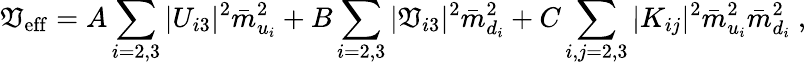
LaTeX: {\cal\mathfrak{V}}_{\mathrm{{eff}}}=A\sum_{i=2,3}|U_{i3}|^{2}\bar{{m}}_{u_{i}}^{2}+B\sum_{i=2,3}|\mathfrak{V}_{i3}|^{2}\bar{{m}}_{d_{i}}^{2}+C\sum_{i,j=2,3}|K_{ij}|^{2}\bar{{m}}_{u_{i}}^{2}\bar{{m}}_{d_{i}}^{2}\ ,